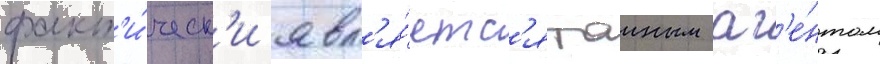
факт'и́ческ'и явл'я́етс'я таиным аг'е́нтом